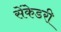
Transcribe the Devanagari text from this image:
सेंकेडरी